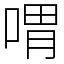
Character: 喟